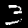
Digit: 3